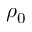
\rho _ { 0 }